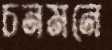
চনমনে